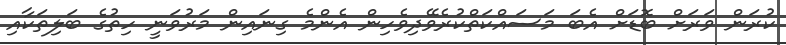
ކުރަން ވަރަށް ބޮޑަށް އެބަ މަސައްކަތްކުރެވޭދިވެހިން އެންމެ ގިނައިން މަރުވަނީ ހިތުގެ ބަލިތަކާއި